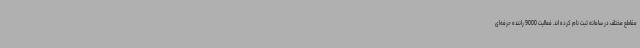
مقاطع مختلف در سامانه ثبت نام کرده اند. فعالیت 9000 راننده حرفه‌ای